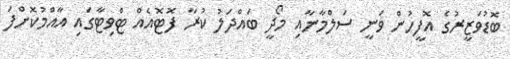
ބޮޑުވަޒީރުގެ އޮފީހުން ވަނީ ސަލްމާނާއި މޯދީ ބައްދަލު ކުރާ ފޮޓޮއެއް ޓްވިޓާގައި އާއްމުކޮށްފަ